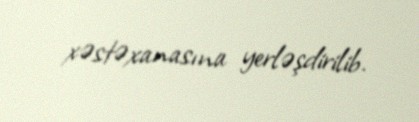
xəstəxanasına yerləşdirilib.